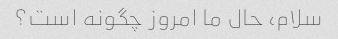
سلام، حال ما امروز چگونه است؟